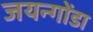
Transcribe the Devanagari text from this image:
जयन्गोंडा